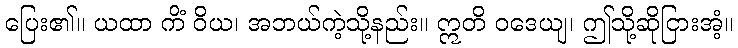
ပြေး၏။ ယထာ ကိံ ဝိယ၊ အဘယ်ကဲ့သို့နည်း။ ဣတိ ဝဒေယျ၊ ဤသို့ဆိုငြားအံ့။